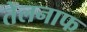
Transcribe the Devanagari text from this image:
तेलनाफ